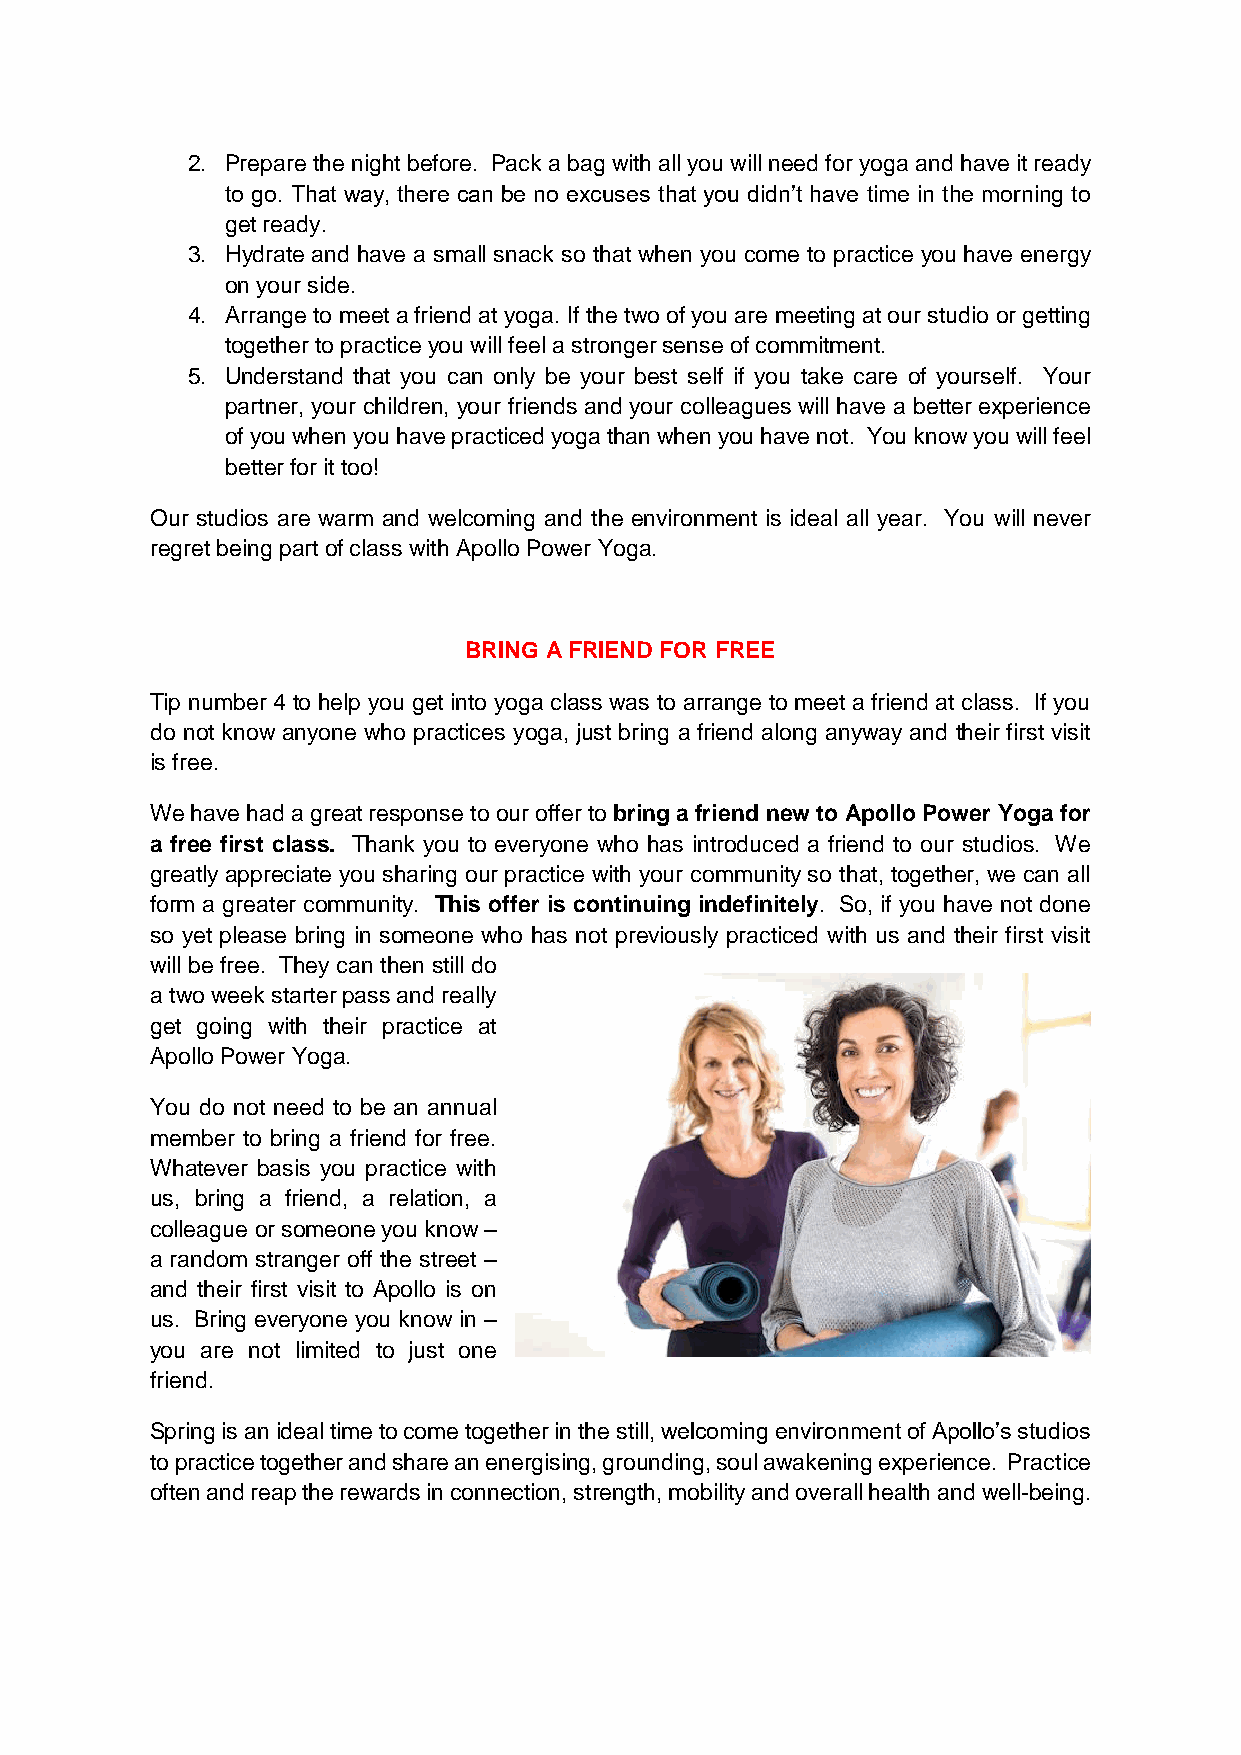
2. Prepare the night before. Pack a bag with all you will need for yoga and have it ready
 to go. That way, there can be no excuses that you didn’t have time in the morning to
 get ready.
 3. Hydrate and have a small snack so that when you come to practice you have energy
 on your side.
 4. Arrange to meet a friend at yoga. If the two of you are meeting at our studio or getting
 together to practice you will feel a stronger sense of commitment.
 5. Understand that you can only be your best self if you take care of yourself. Your
 partner, your children, your friends and your colleagues will have a better experience
 of you when you have practiced yoga than when you have not. You know you will feel
 better for it too!
 Our studios are warm and welcoming and the environment is ideal all year. You will never
 regret being part of class with Apollo Power Yoga.
 BRING A FRIEND FOR FREE
 Tip number 4 to help you get into yoga class was to arrange to meet a friend at class. If you
 do not know anyone who practices yoga, just bring a friend along anyway and their first visit
 is free.
 We have had a great response to our offer to bring a friend new to Apollo Power Yoga for
 a free first class. Thank you to everyone who has introduced a friend to our studios. We
 greatly appreciate you sharing our practice with your community so that, together, we can all
 form a greater community. This offer is continuing indefinitely. So, if you have not done
 so yet please bring in someone who has not previously practiced with us and their first visit
 will be free. They can then still do
 a two week starter pass and really
 get going with their practice at
 Apollo Power Yoga.
 You do not need to be an annual
 member to bring a friend for free.
 Whatever basis you practice with
 us, bring a friend, a relation, a
 colleague or someone you know –
 a random stranger off the street –
 and their first visit to Apollo is on
 us. Bring everyone you know in –
 you are not limited to just one
 friend.
 Spring is an ideal time to come together in the still, welcoming environment of Apollo’s studios
 to practice together and share an energising, grounding, soul awakening experience. Practice
 often and reap the rewards in connection, strength, mobility and overall health and well-being.